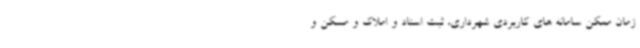
زمان ممکن سامانه های کاربردی شهرداری، ثبت اسناد و املاک و مسکن و